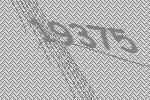
19375